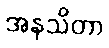
အနသိတာ